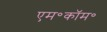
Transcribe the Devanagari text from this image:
एम॰कॉम॰